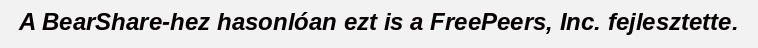
A BearShare-hez hasonlóan ezt is a FreePeers, Inc. fejlesztette.